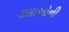
કલાઓની